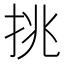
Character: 挑